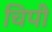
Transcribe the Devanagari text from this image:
चिपी